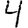
Digit: 4